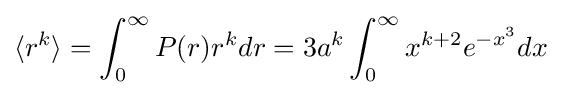
\langle r^{k}\rangle =\int _{0}^{\infty }P(r)r^{k}dr=3a^{k}\int _{0}^{\infty }x^{k+2}e^{-x^{3}}dx